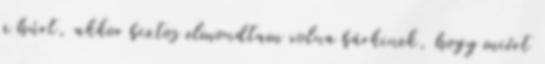
a húrt, akkor biztos elmondtam volna bárkinek, hogy miért